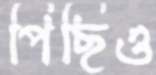
পিছিও